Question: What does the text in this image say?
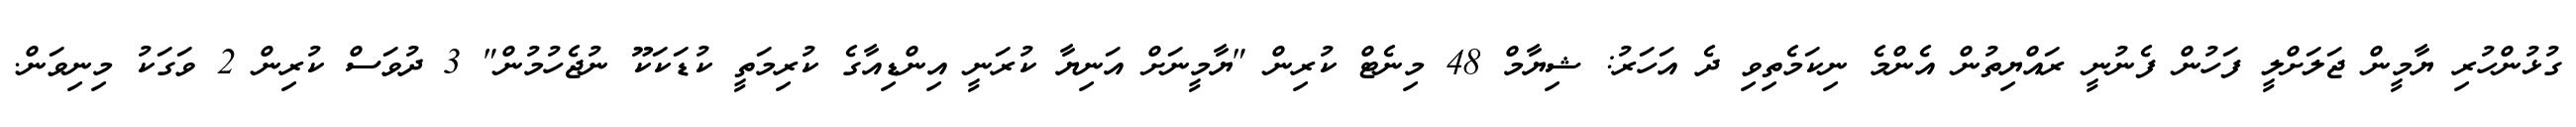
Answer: ގުޅުންހުރި ޔާމީން ޖަލަށްލީ ފަހުން ފެނުނީ ރައްޔިތުން އެންމެ ނިކަމެތިވި ދެ އަހަރު: ޝިޔާމް 48 މިނެޓް ކުރިން "ޔާމީނަށް އަނިޔާ ކުރަނީ އިންޑިއާގެ ކުރިމަތީ ކުޑަކަކޫ ނުޖެހުމުން" 3 ދުވަސް ކުރިން 2 ވަގަކު މިނިވަން.